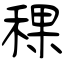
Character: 稞